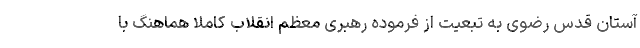
آستان قدس رضوی به تبعیت از فرموده رهبری معظم انقلاب کاملا هماهنگ با